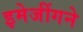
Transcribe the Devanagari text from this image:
इमेजींगने